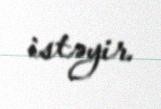
istəyir.